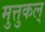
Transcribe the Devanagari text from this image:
मुत्तुकल्